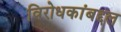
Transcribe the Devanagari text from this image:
विरोधकांबद्दल